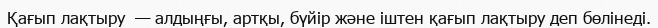
Қағып лақтыру  — алдыңғы, артқы, бүйір және іштен қағып лақтыру деп бөлінеді.